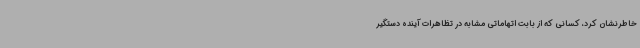
خاطرنشان کرد، کسانی که از بابت اتهاماتی مشابه در تظاهرات آینده دستگیر